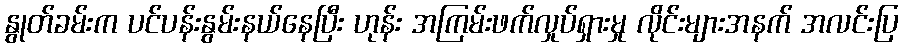
နွုတ်ခမ်းက ပင်ပန်းနွမ်းနယ်နေပြီး ဟုန်း အကြမ်းဖက်လှုပ်ရှားမှု လိုင်းများအနက် အလင်းပြ